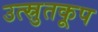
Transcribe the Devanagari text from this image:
उत्स्रुतकूप